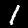
Label: 1